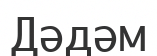
Дәдәм